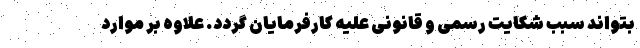
بتواند سبب شکایت رسمی و قانونی علیه کارفرمایان گردد. علاوه بر موارد